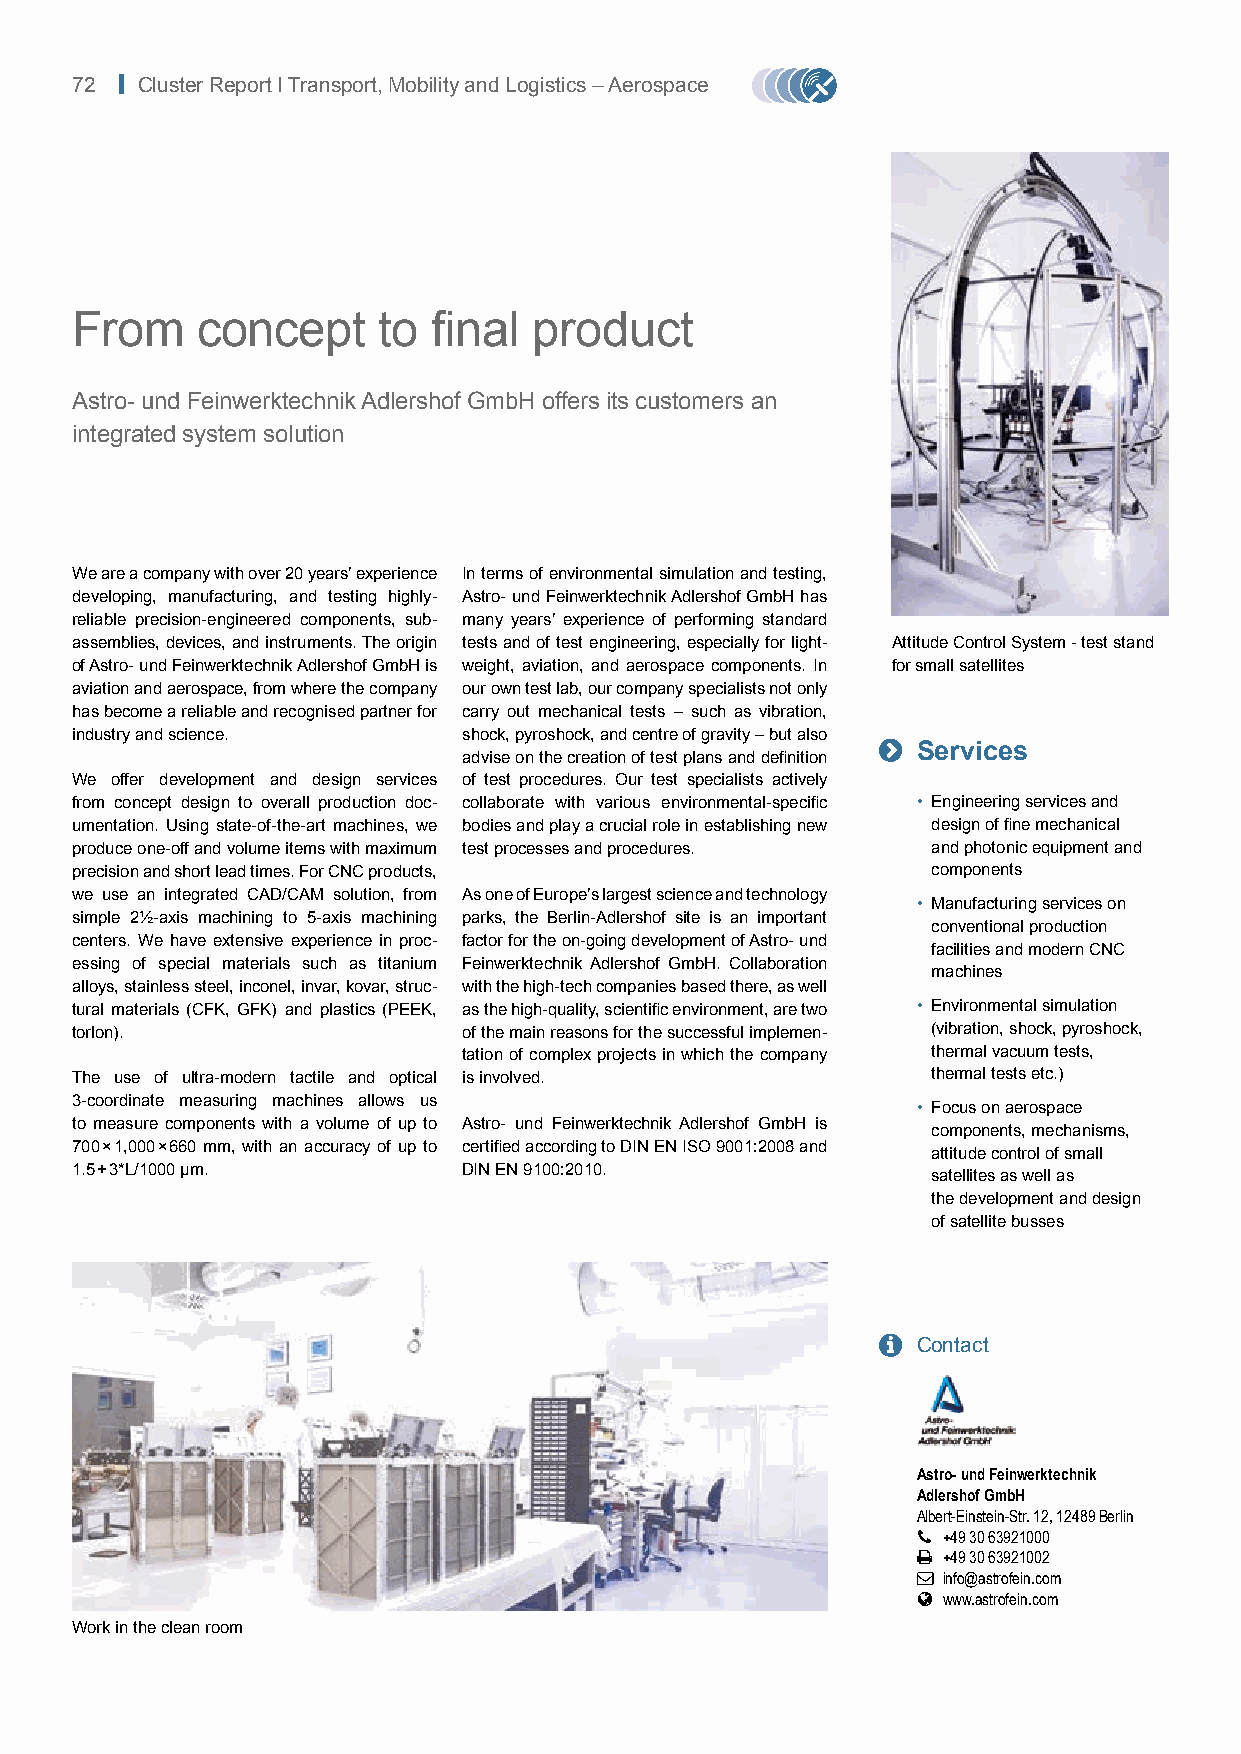
72 | Cluster Report I Transport, Mobility and Logistics – Aerospace
 From    concept     to  final product
 Astro- und Feinwerktechnik Adlershof GmbH offers its customers an
 integrated system solution
 We are a company with over 20 years’ experience In terms of environmental simulation and testing,
 developing, manufacturing, and testing highly- Astro- und Feinwerktechnik Adlershof GmbH has
 reliable precision-engineered components, sub- many years’ experience of performing standard
 assemblies, devices, and instruments. The origin tests and of test engineering, especially for light- Attitude Control System - test stand
 of Astro- und Feinwerktechnik Adlershof GmbH is weight, aviation, and aerospace components. In for small satellites
 aviation and aerospace, from where the company our own test lab, our company specialists not only
 has become a reliable and recognised partner for carry out mechanical tests – such as vibration,
 industry and science.     shock, pyroshock, and centre of gravity – but also
 
 Services
 advise on the creation of test plans and definition
 We offer development and design services of test procedures. Our test specialists actively
 from concept design to overall production doc- collaborate with various environmental-specific • Engineering services and
 umentation. Using state-of-the-art machines, we bodies and play a crucial role in establishing new design of fine mechanical
 produce one-off and volume items with maximum test processes and procedures. and photonic equipment and
 precision and short lead times. For CNC products,        components
 we use an integrated CAD/CAM solution, from As one of Europe’s largest science and technology
 • Manufacturing services on
 simple 2½-axis machining to 5-axis machining parks, the Berlin-Adlershof site is an important
 conventional production
 centers. We have extensive experience in proc- factor for the on-going development of Astro- und
 facilities and modern CNC
 essing of special materials such as titanium Feinwerktechnik Adlershof GmbH. Collaboration
 machines
 alloys, stainless steel, inconel, invar, kovar, struc- with the high-tech companies based there, as well
 tural materials (CFK, GFK) and plastics (PEEK, as the high-quality, scientific environment, are two • Environmental simulation
 torlon).                  of the main reasons for the successful implemen- (vibration, shock, pyroshock,
 tation of complex projects in which the company thermal vacuum tests,
 The use of ultra-modern tactile and optical is involved. thermal tests etc.)
 3-coordinate measuring machines allows us
 • Focus on aerospace
 to measure components with a volume of up to Astro- und Feinwerktechnik Adlershof GmbH is
 components, mechanisms,
 700 × 1,000 × 660 mm, with an accuracy of up to certified according to DIN EN ISO 9001:2008 and
 attitude control of small
 1.5 + 3*L/1000 µm.        DIN EN 9100:2010.
 satellites as well as
 the development and design
 of satellite busses
   Contact
 Astro- und Feinwerktechnik
 Adlershof GmbH
 Albert-Einstein-Str. 12, 12489 Berlin
  +49 30 63921000
  +49 30 63921002
  info@astrofein.com
  www.astrofein.com
 Work in the clean room